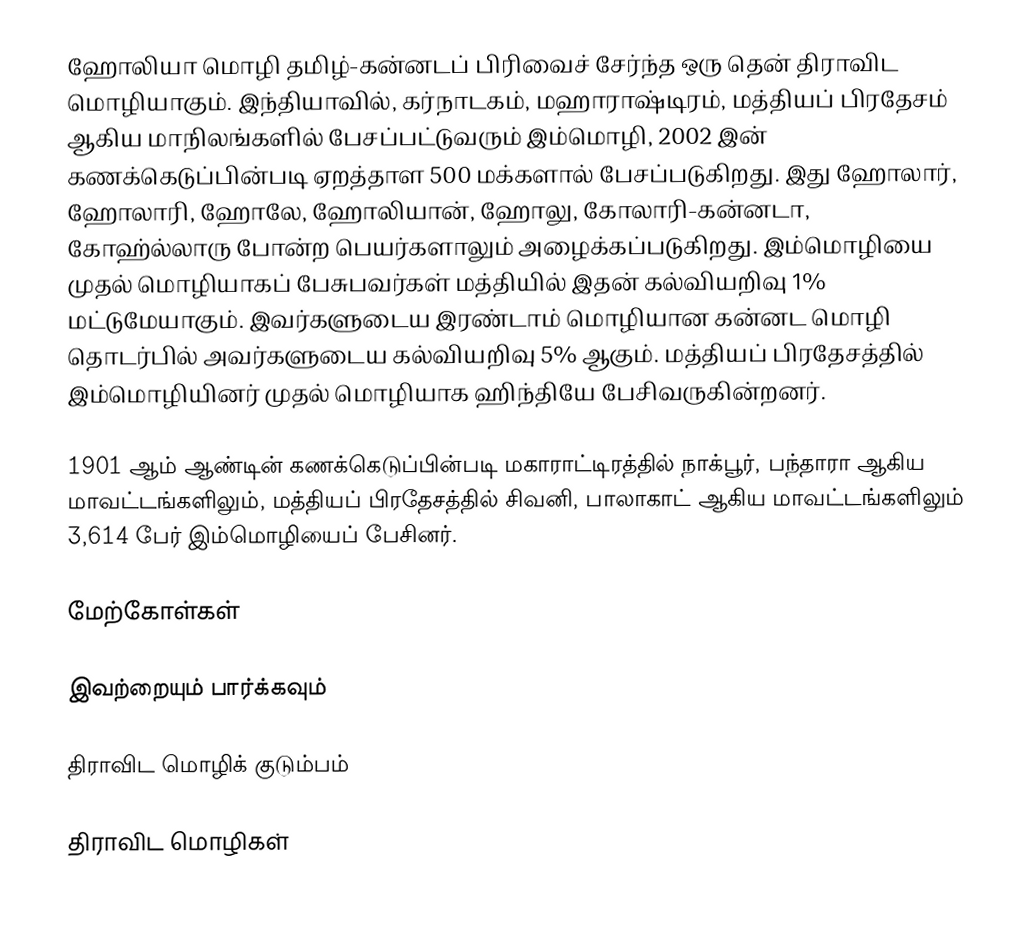
ஹோலியா மொழி தமிழ்-கன்னடப் பிரிவைச் சேர்ந்த ஒரு தென் திராவிட மொழியாகும். இந்தியாவில், கர்நாடகம், மஹாராஷ்டிரம், மத்தியப் பிரதேசம் ஆகிய மாநிலங்களில் பேசப்பட்டுவரும் இம்மொழி, 2002 இன் கணக்கெடுப்பின்படி ஏறத்தாள 500 மக்களால் பேசப்படுகிறது. இது ஹோலார், ஹோலாரி, ஹோலே, ஹோலியான், ஹோலு, கோலாரி-கன்னடா, கோஹ்ல்லாரு போன்ற பெயர்களாலும் அழைக்கப்படுகிறது. இம்மொழியை முதல் மொழியாகப் பேசுபவர்கள் மத்தியில் இதன் கல்வியறிவு 1% மட்டுமேயாகும். இவர்களுடைய இரண்டாம் மொழியான கன்னட மொழி தொடர்பில் அவர்களுடைய கல்வியறிவு 5% ஆகும். மத்தியப் பிரதேசத்தில் இம்மொழியினர் முதல் மொழியாக ஹிந்தியே பேசிவருகின்றனர்.

1901 ஆம் ஆண்டின் கணக்கெடுப்பின்படி மகாராட்டிரத்தில் நாக்பூர், பந்தாரா ஆகிய மாவட்டங்களிலும், மத்தியப் பிரதேசத்தில் சிவனி, பாலாகாட் ஆகிய மாவட்டங்களிலும் 3,614 பேர் இம்மொழியைப் பேசினர்.

மேற்கோள்கள்

இவற்றையும் பார்க்கவும்

 திராவிட மொழிக் குடும்பம்

திராவிட மொழிகள்